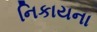
નિકાયના